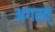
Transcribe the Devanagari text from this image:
अगस्त्